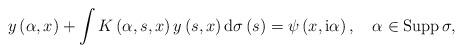
LaTeX: \begin{align*}y\left( \alpha,x\right) +\int K\left( \alpha,s,x\right) y\left(s,x\right) \mathrm{d}\sigma\left( s\right) =\psi\left( x,\mathrm{i}\alpha\right) ,\ \ \ \alpha\in\operatorname*{Supp}\sigma, \end{align*}